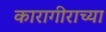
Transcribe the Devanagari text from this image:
कारागीराच्या